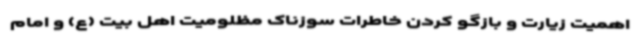
اهمیت زیارت و بازگو کردن خاطرات سوزناک مظلومیت اهل بیت (ع) و امام